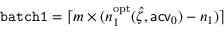
\mathtt { b a t c h 1 } = \lceil m \times ( n _ { 1 } ^ { \mathrm { o p t } } ( \hat { \zeta } , \mathsf { a c v } _ { 0 } ) - n _ { 1 } ) \rceil